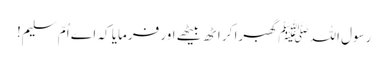
رسول اللہﷺ گھبرا کر اٹھ بیٹھے اور فرمایا کہ اے اُمّ سلیم!